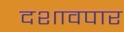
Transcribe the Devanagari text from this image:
दशावपार